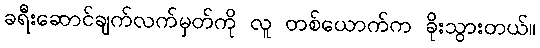
ခရီးဆောင်ချက်လက်မှတ်ကို လူ တစ်ယောက်က ခိုးသွားတယ်။